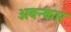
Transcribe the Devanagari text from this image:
अवन्कार